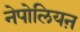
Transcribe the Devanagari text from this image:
नेपोलियऩ